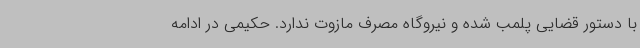
با دستور قضایی پلمب شده و نیروگاه مصرف مازوت ندارد. حکیمی در ادامه